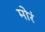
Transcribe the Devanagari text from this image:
मोरं